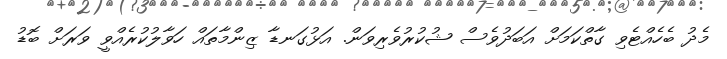
މެދު ބެހެއްޓެވި ގާތްކަމަށް އަބަދުވެސް ޝުކުރުވެރިވަން. އަޅުގަނޑާ ޒިންމާތައް ހަވާލުކުރެއްވީ ވަރަށް ބޮޑު